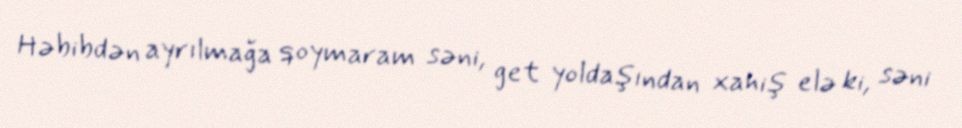
Həbibdən ayrılmağa qoymaram səni, get yoldaşından xahiş elə ki, səni